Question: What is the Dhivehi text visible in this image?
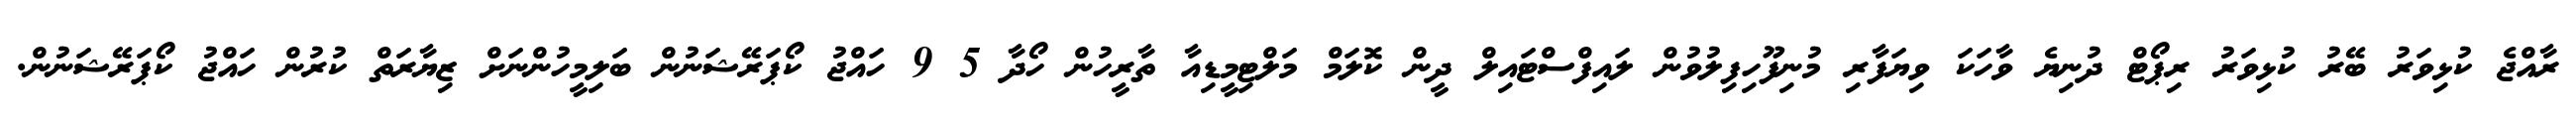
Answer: ރާއްޖެ ކުޅިވަރު ބޭރު ކުޅިވަރު ރިޕޯޓް ދުނިޔެ ވާހަކަ ވިޔަފާރި މުނިފޫހިފިލުވުން ލައިފްސްޓައިލް ދީން ކޮލަމް މަލްޓިމީޑިއާ ތާރީހުން ހޯދާ 5 9 ހައްޖު ކޯޕަރޭޝަނުން ބަލިމީހުންނަށް ޒިޔާރަތް ކުރުން ހައްޖު ކޯޕަރޭޝަނުން.